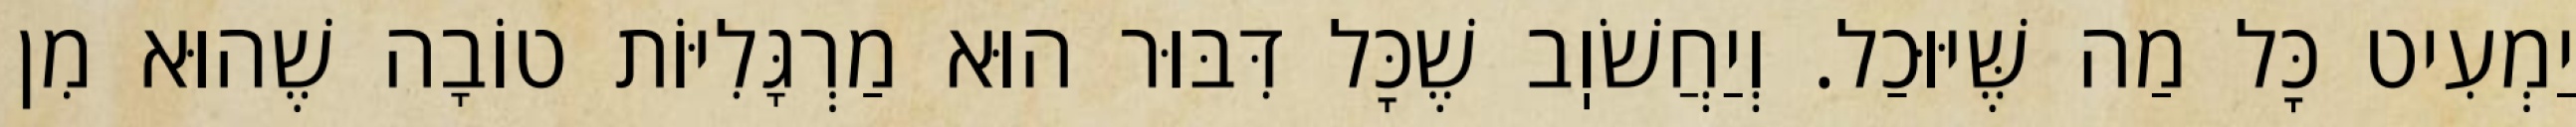
יַמְעִיט כׇּל מַה שֶּׁיּוּכַל. וְיַחֲשֹׁוֽב שֶׁכׇּל דִּבּוּר הוּא מַרְגָּלִיּוֹת טוֹבָה שֶׁהוּא מִן